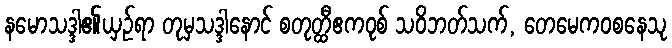
နမောသဒ္ဒါ၏ယှဉ်ရာ တုမှသဒ္ဒါနောင် စတုတ္ထီဧကဝုစ် သဝိဘတ်သက်, တေမေကဝစနေသု